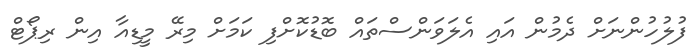
ފުލުހުންނަށް ދެމުން އައި އެލަވަންސްތައް ބޮޑުކޮށްފި ކަމަށް މިރޭ މީޑިއާ އިން ރިޕޯޓް